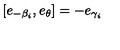
[ e _ { - \beta _ { i } } , e _ { \theta } ] = - e _ { \gamma _ { i } }